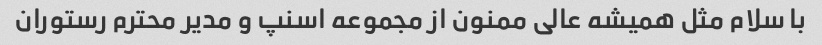
با سلام مثل همیشه عالی ممنون از مجموعه اسنپ و مدیر محترم رستوران